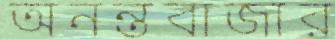
অনন্তবাজার